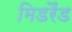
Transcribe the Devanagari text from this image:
मिडरैंड